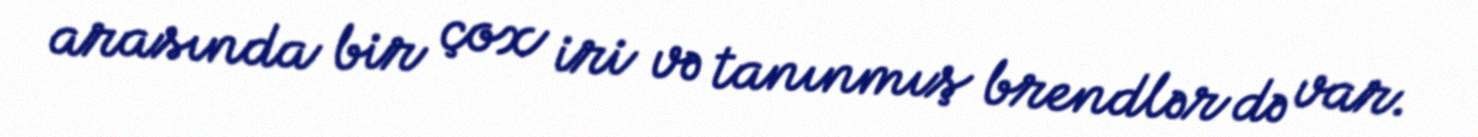
arasında bir çox iri və tanınmış brendlər də var.